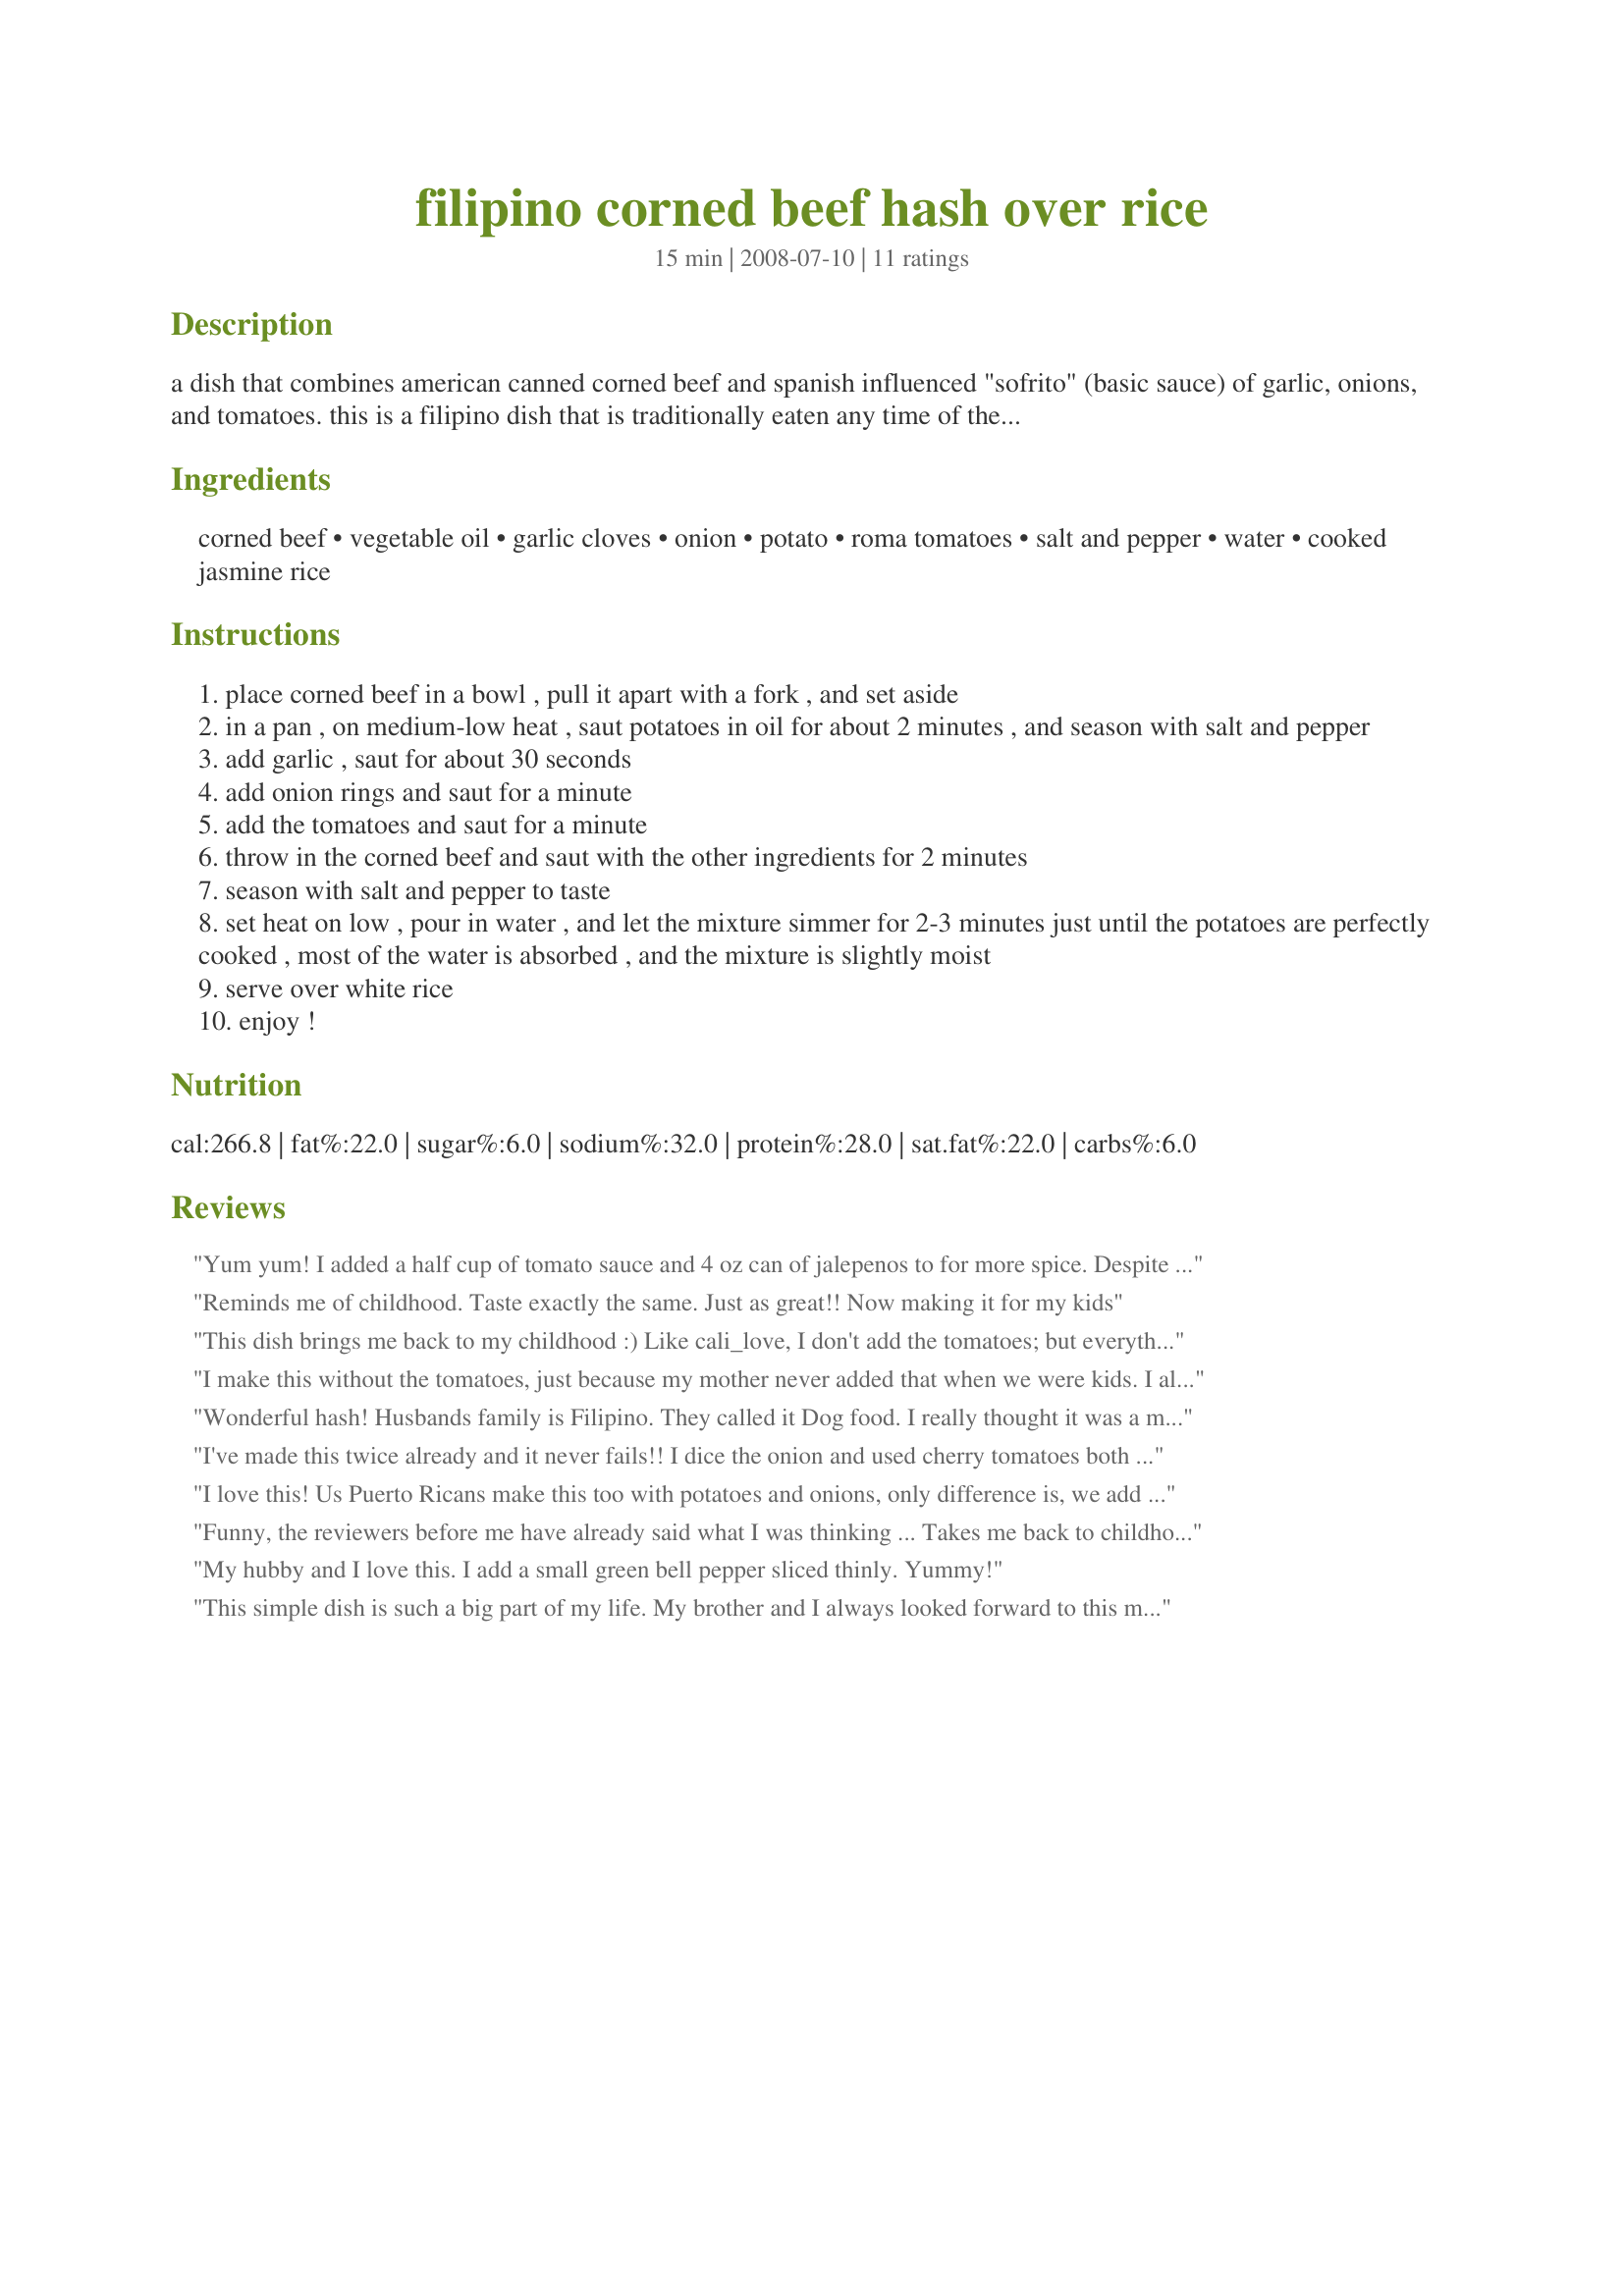
filipino corned beef hash over rice
Preparation time: 15 minutes

a dish that combines american canned corned beef and spanish influenced "sofrito" (basic sauce) of garlic, onions, and tomatoes. this is a filipino dish that is traditionally eaten any time of the day (breakfast, lunch, or dinner). it's very simple and comforting!

Ingredients:
corned beef, vegetable oil, garlic cloves, onion, potato, roma tomatoes, salt and pepper, water, cooked jasmine rice

Steps:
place corned beef in a bowl , pull it apart with a fork , and set aside
in a pan , on medium-low heat , saut potatoes in oil for about 2 minutes , and season with salt and pepper
add garlic , saut for about 30 seconds
add onion rings and saut for a minute
add the tomatoes and saut for a minute
throw in the corned beef and saut with the other ingredients for 2 minutes
season with salt and pepper to taste
set heat on low , pour in water , and let the mixture simmer for 2-3 minutes just until the potatoes are perfectly cooked , most of the water is absorbed , and the mixture is slightly moist
serve over white rice
enjoy !

Reviews:
Yum yum! I added a half cup of tomato sauce and 4 oz can of jalepenos to for more spice. Despite adding the tomato sauce I kept the diced tomatoes, it added diversity to the texture and a different flavor than just the sauce by itself.
Reminds me of childhood. Taste exactly the same. Just as great!! Now making it for my kids
This dish brings me back to my childhood :) Like cali_love, I don't add the tomatoes; but everything else is pretty much the same! Love it!
I make this without the tomatoes, just because my mother never added that when we were kids. I also boil the cubed potatoes for a bit before adding it to the pan; I feel that they never cook up enough when I try to saute them first.
Wonderful hash! Husbands family is Filipino. They called it Dog food. I really thought it was a made up recipe until I saw this. We sprinkle white vinegar over it to add a tang. Kids love it!
I've made this twice already and it never fails!! I dice the onion and used cherry tomatoes both times and it was just as delicious. My mom would make this for us as a treat on Saturday mornings growing up, and it has always been one of my favorites. Yukon gold potatoes are great for this dish too! SO GOOD!!
I love this! Us Puerto Ricans make this too with potatoes and onions, only difference is, we add a bit of olive oil, garlic, sazon, sofrito, and a bit of tomato sauce. never tried it over Jasmine rice, because my parents don't like and don't like the short grain rice either. It angers me because I love Jasmine rice, and prefer short grain rice, over the long grain.
Funny, the reviewers before me have already said what I was thinking ... Takes me back to childhood ... Comfort food ... Yum ...
My hubby and I love this. I add a small green bell pepper sliced thinly. Yummy!
This simple dish is such a big part of my life. My brother and I always looked forward to this meal when I was little, and my own children now get cravings for "Lola's corned beef". It's a quick, inexpensive meal that defines the phrase "comfort food". Thanks so much for posting and bringing back some wonderful memories :)
This recipe is exactly what I grew up with... Comfort food to the soul.
